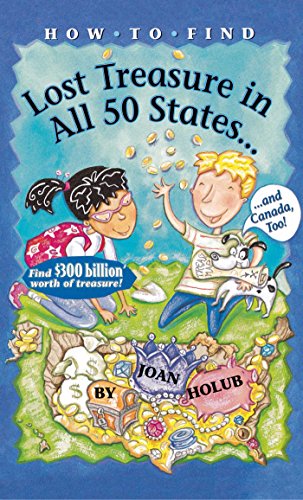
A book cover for How to Find Lost Treasure: In All Fifty States and Canada, Too!; Joan Holub; Children's Books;